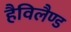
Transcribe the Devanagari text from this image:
हैविलैण्ड